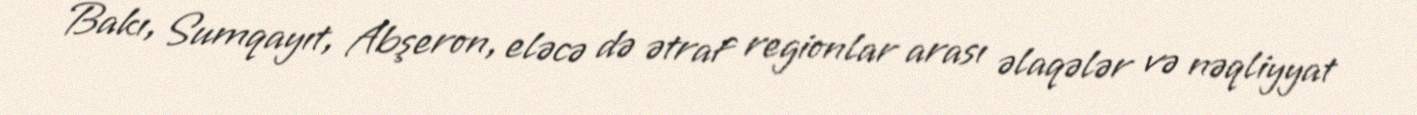
Bakı, Sumqayıt, Abşeron, eləcə də ətraf regionlar arası əlaqələr və nəqliyyat